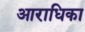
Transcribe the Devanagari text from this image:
आराधिका